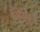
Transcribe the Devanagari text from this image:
सिवाच